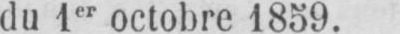
du 1er octobre 1859.